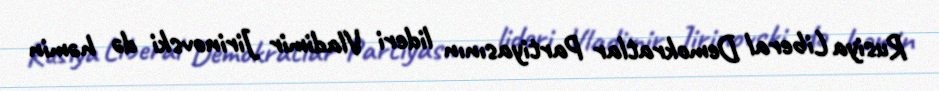
Rusiya Liberal Demokratlar Partiyasının lideri Vladimir Jirinovski də həmin